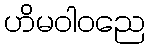
ဟိမဝါဝညေ